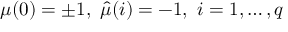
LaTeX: \mu ( 0 ) = \pm 1 , \mathtt { \ } \widehat { \mu } ( i ) = - 1 , \mathtt { \ } i = 1 , \dots , q